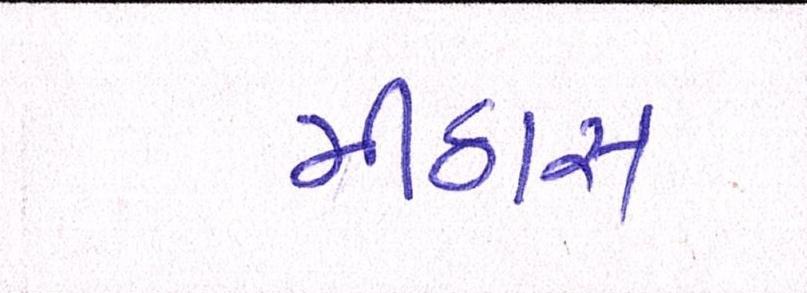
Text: મીઠાસ